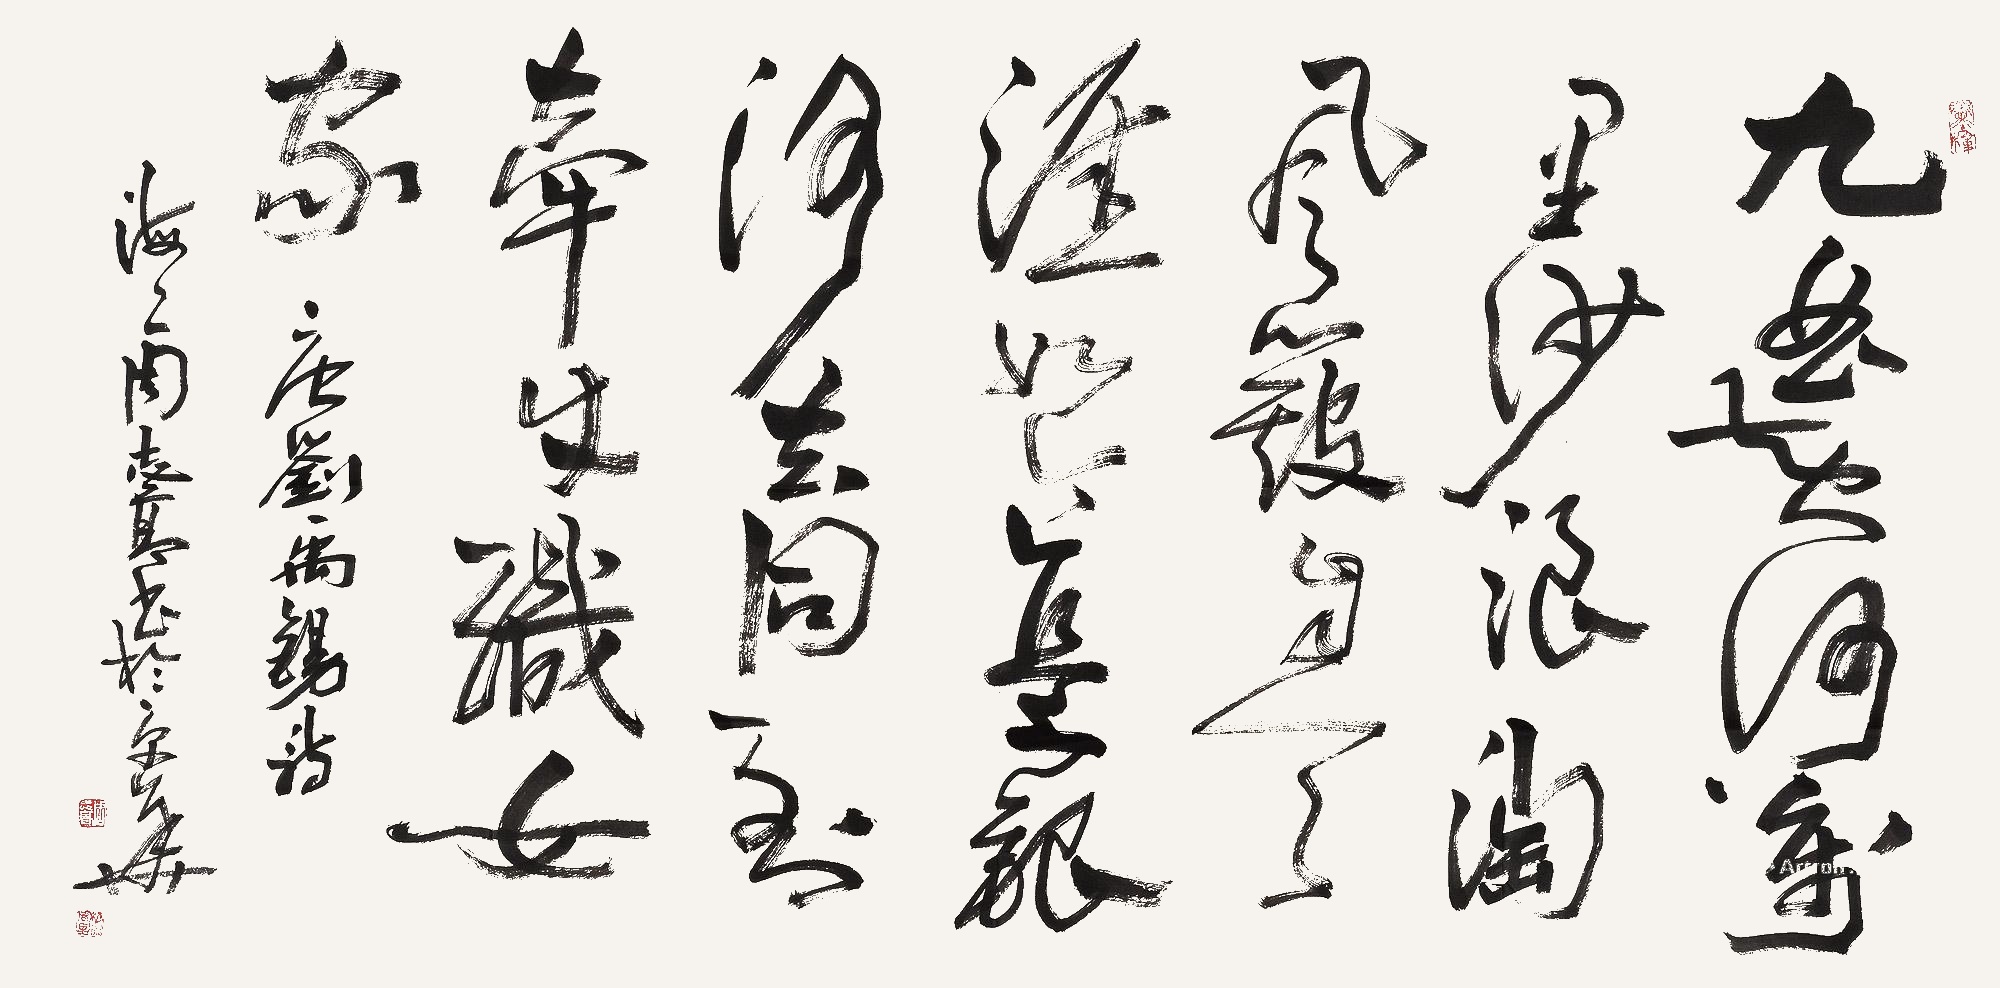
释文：九曲黄河万里沙，浪淘风簸自天涯。如今直上银河去，同到牵牛织女家。唐刘禹锡诗。海上周志高书于京华。